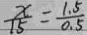
\frac { x } { 1 5 } = \frac { 1 . 5 } { 0 . 5 }